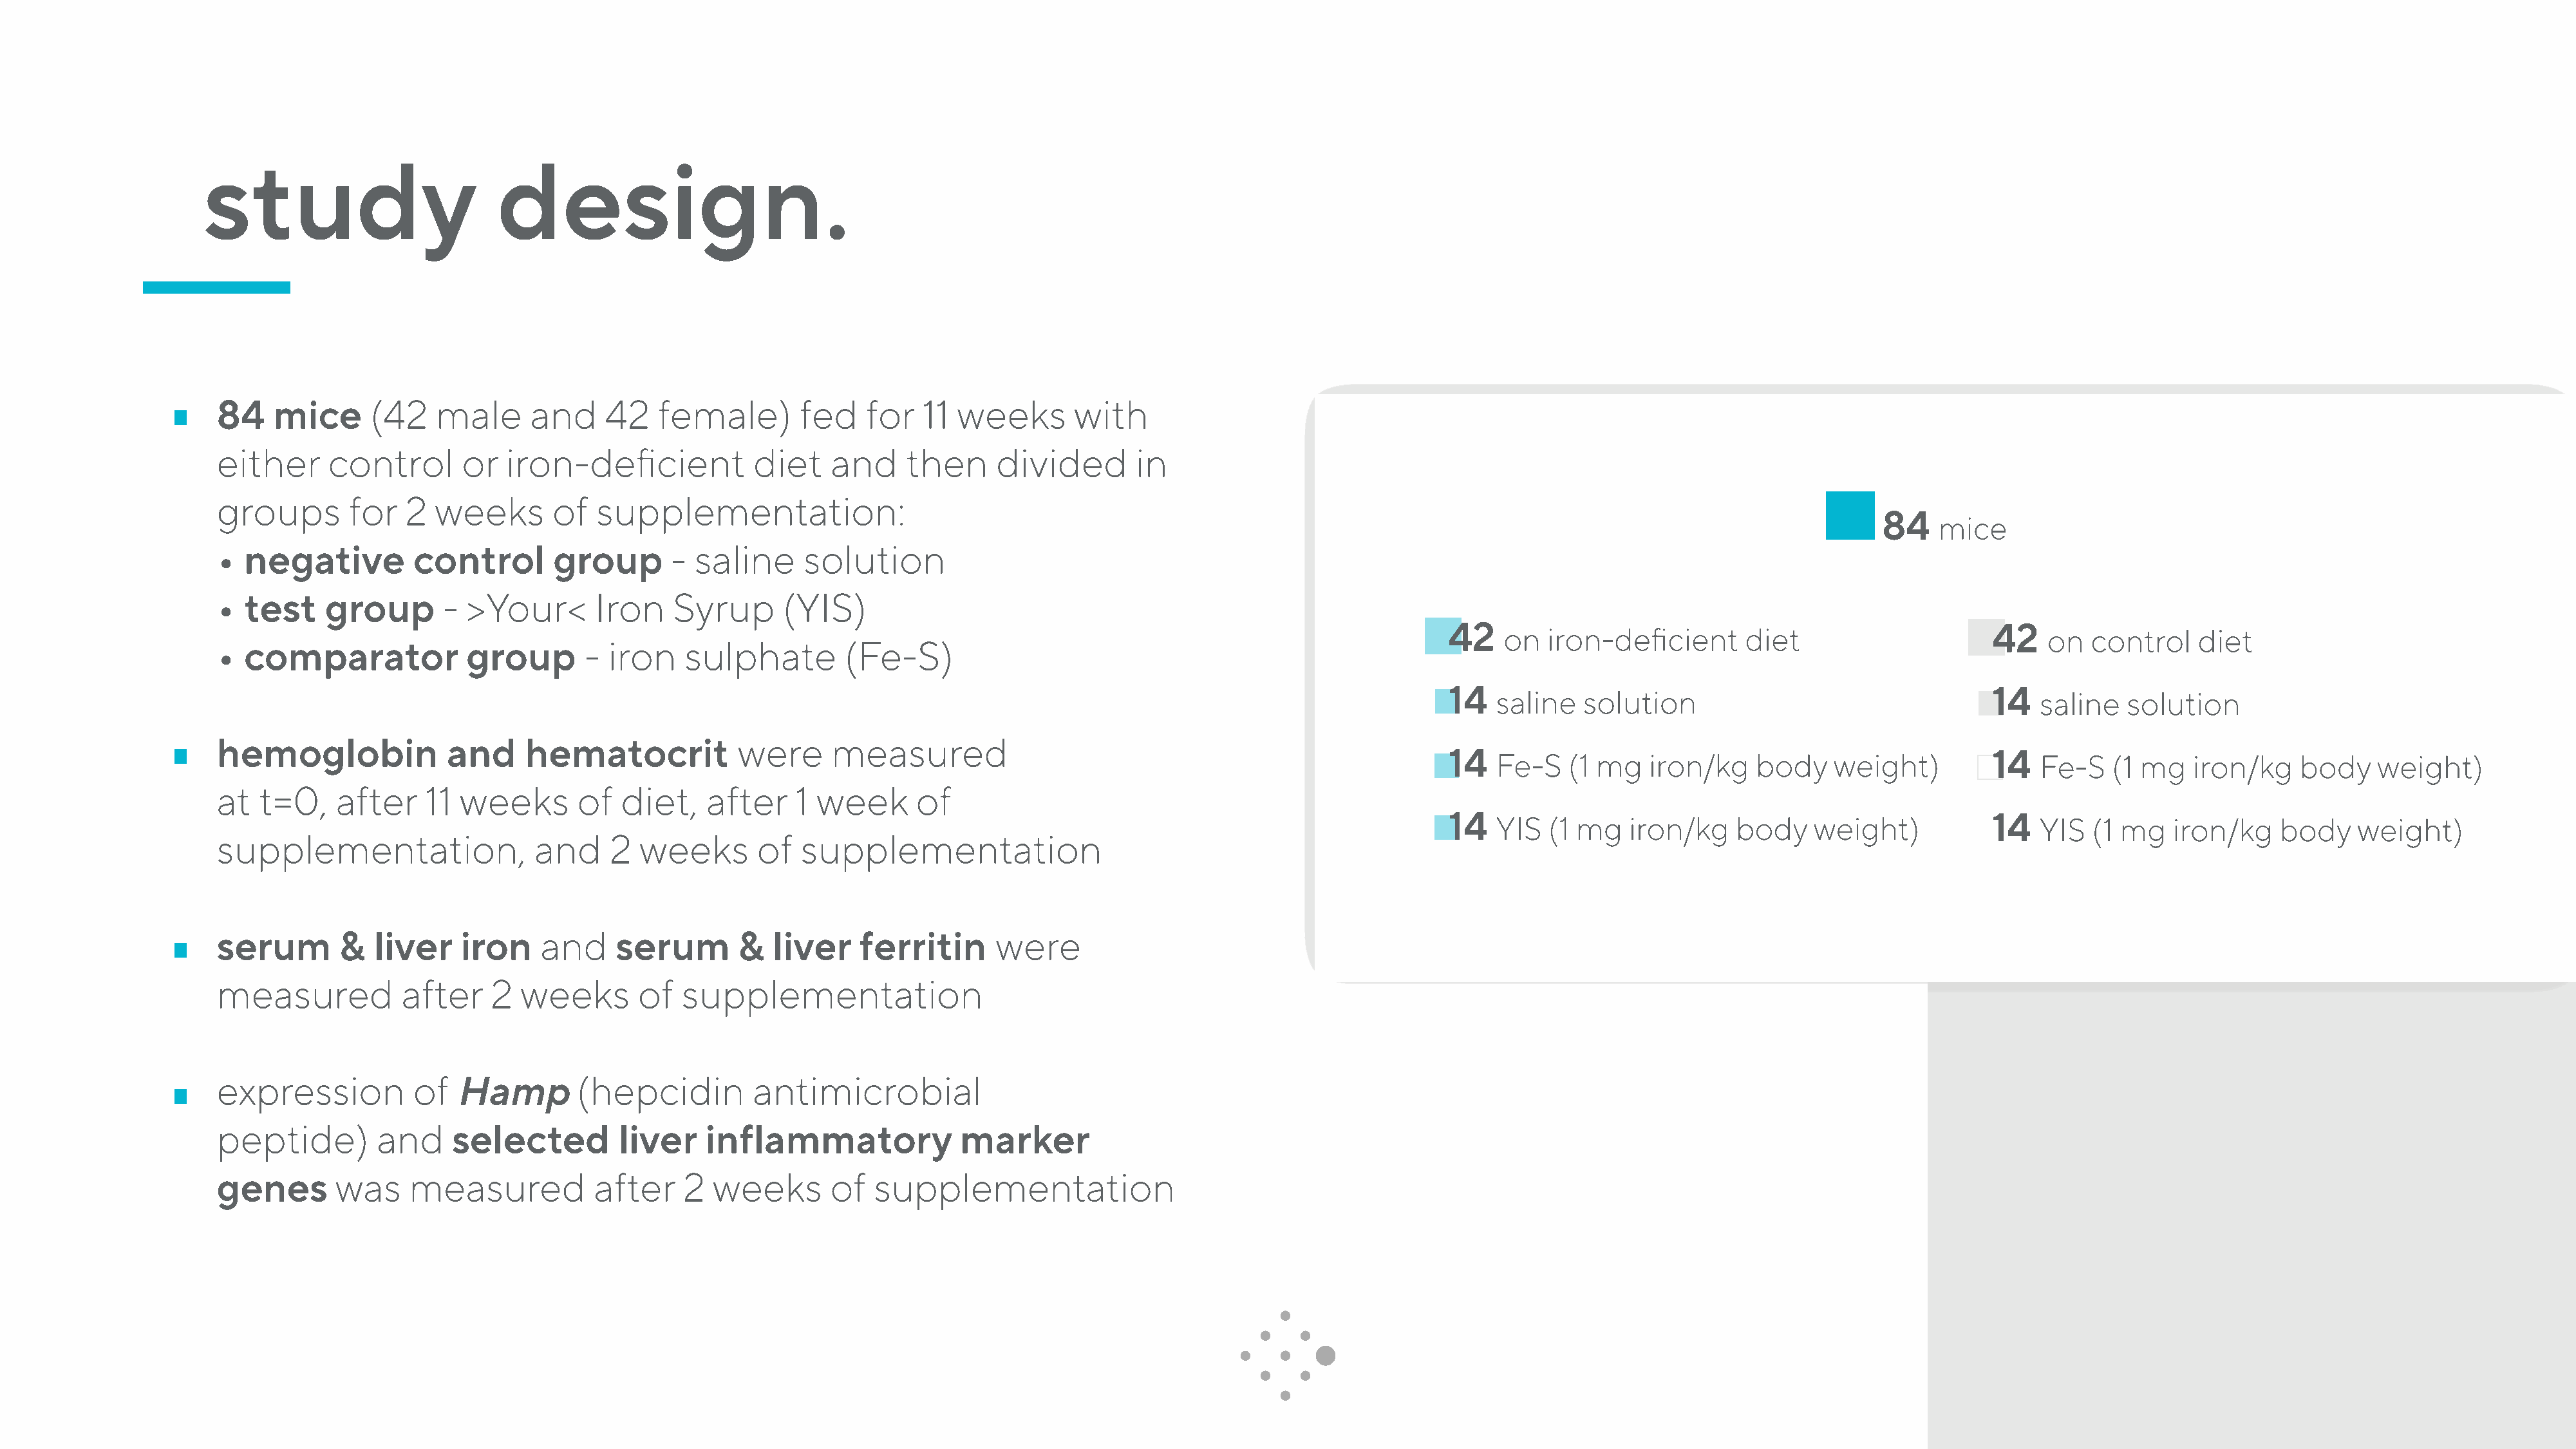
study                         design.
 84    mice      (42    male     and     42    female)       fed    for   11 weeks       with
 either      control      or   iron-deficient           diet    and     then     divided        in
 groups        for   2  weeks       of  supplementation:
 84
 mice
 •  negative         control        group       - saline      solution
 •  test    group        - >Your<       Iron    Syrup      (YIS)
 42                                                      42
 on  iron-deficient      diet                           on   control    diet
 •  comparator             group       -  iron   sulphate         (Fe-S)
 14                                                      14
 saline   solution                                       saline   solution
 hemoglobin              and     hematocrit            were     measured
 14                                                      14
 Fe-S   (1 mg    iron/kg   body    weight)               Fe-S   (1 mg   iron/kg    body    weight)
 at   t=0,    after    11 weeks       of   diet,    after    1 week      of
 14                                                      14
 YIS  (1 mg   iron/kg    body    weight)                 YIS  (1 mg   iron/kg    body    weight)
 supplementation,                 and     2  weeks       of  supplementation
 serum        &  liver    iron     and    serum        &  liver    ferritin      were
 measured           after    2  weeks        of  supplementation
 expression          of   Hamp        (hepcidin         antimicrobial
 peptide)         and    selected          liver   inflammatory               marker
 genes       was     measured           after    2  weeks       of   supplementation